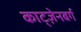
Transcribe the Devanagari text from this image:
काट्ज़ेनबर्ग